Report on the Civil Veterinary Department, Eastern Bengal and Assam - 1907-1911
Year: 1907
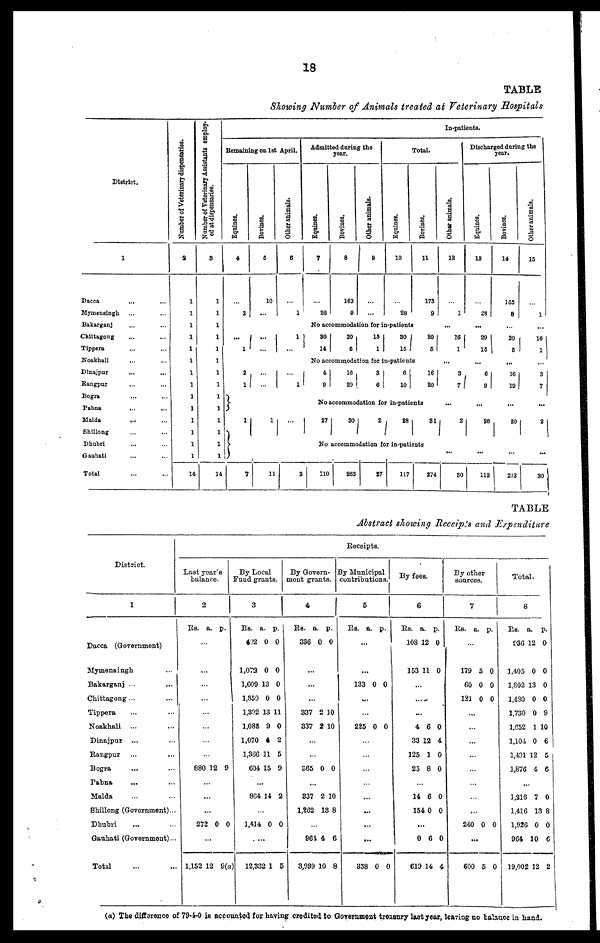
18
TABLE
Showing Number of Animals treated at Veterinary Hospitals
District.
1
Dacca … …
Mymensingh … …
Bakarganj … …
Chittagong … …
Tippera … …
Noakhali … …
Dinajpur … …
Rangpur … …
Bogra … …
Pabna … …
Malda … …
Shillong … …
Dhubri … …
Gauhati … …
Total … …
Number of Veterinary dispensaries.
a
1
1
1
1
1
1
1
1
1
1 1
1
1
1
1
14
Number of Veterinary Assistants employ-
ed at dispensaries.
3
1
1
1
1
1
1
1
1
1
1 1
1
1
1
1
14
In-patients.
Remaining on 1st April.
Eqnines.
4
…
2
...
1
2
1
1
7
Bovines.
6
10
...
…
…
…
…
1
11
Other animals.
6
…
1
1
…
…
1
…
3
Admitted daring the
year.
Eqnines.
7
…
20
Bovines.
8
163
9
Other animals.
9
…
…
Total.
Eqnines.
10
…
28
Bovines.
11
173
9
No accommodation for in-patients
30
14
20
6
15
1
30
15
|
20
5
No accommodation for in-patients
4 9
10
20
3
6
6
10
16
20
27
80
2
28 31
No accommodation for in-patients
110
263
27
117
274
Other animals.
12
…
1
...
16
…
...
3
7
2
30
Discharged during the
year.
Equines.
13
…
28
...
29
15
...
6
9
26
113
Bovines.
14
155
8
…
20
5
...
16
19
30
...
253
Other animals.
15
…
1
...
16
1
…
3
7
2
…
30
TABLE
Abstract showing Receipts and Expenditure
District.
1
Dacca (Government)
Mymensingh …
Bakarganj ... …
Chittagong ... …
Tippera … …
Noakhali … …
Dinajpur
... …
Rangpur … …
Bogra … …
Pabna … …
Malda … …
Shillong (Govornment)...
Dhubri … …
Gauhati (Government)...
Total
Receipts.
Last year's
balance
2
RS. a. p.
...
...
880 12 9
...
272 0 0
1,152 12 9(a)
By Local
Fund grants.
3
Rs. a. p.
492 0 0
1,073 0 0
1,609 13 0
1,359 0 0
1,392 13 11
1,088 9 0
1,070 4 2
1,366 11 5
604 15 9
8G4 14 2
1,414 0 0
12,332 1 5
By Govern-
ment grants.
4
Rs. a. p.
336 0 0
...
...
...
337 2 10
337 2 10
S65 0 0
837 2 10
1,262 13 8
961 4 6
3,089 10 8
By Municipal
contributions.
5
Rs. a. p.
133 0 0
...
225 0 0
...
...
...
...
338 0 0
6
Rs. a. p.
108 12 0
153 11 0
...
...
...
4 6 0
33 12 4
125 1 0
25 8 0
14 6 0
154 0 0
...
J
0 6 0
619 14 4
By other
sources.
7
RS.
a. p.
...
179 5 0
60 0 0
121 0 0
...
...
...
240 0 0
...
600 5 0
8
Rs. a. p.
936 12 0
1,405 0 0
1,802 13 0
1,430 0 0
1,730 0 9
1,652 1 10
1,10-1 0 6
1,491 12 5
1,876 4 6
...
1,316 7 0
1,416 13 8
1,920 0 0
9G4 10 6
19,002 12 2
(a) The diffrence of 79-4-0 is accounted fox having credited to Government treasury last year, leaving no Balance in hand.